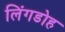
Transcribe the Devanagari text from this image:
लिंगडोह